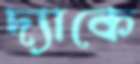
দ্যাকে